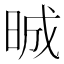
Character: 晠